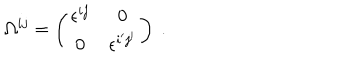
\Omega ^ { i j } = \left( \begin{matrix} { { \epsilon ^ { i j } } } & { { 0 } } \\ { { 0 } } & { { \epsilon ^ { i ^ { \prime } j ^ { \prime } } } } \\ \end{matrix} \right) \ .